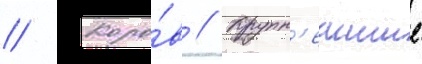
// Коро́в // Крупн'еишие